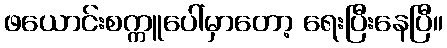
ဖယောင်းစက္ကူပေါ်မှာတော့ ရေးပြီးနေပြီ။